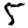
Digit: 5